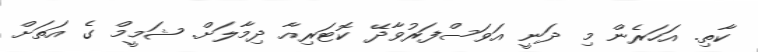
ކާތި. އަހަރެން މި ދަނީ އަވަސްފަރުވާދޭ ކޮޓަރިއާ ދިމާލަށް. ޝަމީމް ގެ އަތަށް